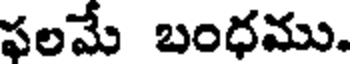
ఫలమే బంధము.